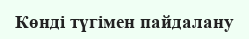
Көнді түгімен пайдалану